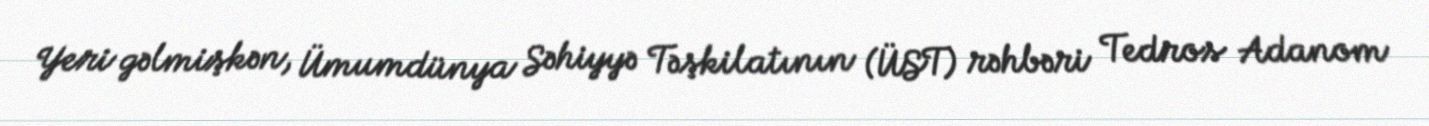
Yeri gəlmişkən, Ümumdünya Səhiyyə Təşkilatının (ÜST) rəhbəri Tedros Adanom